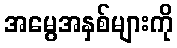
အမွေအနှစ်များကို